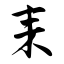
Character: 耒